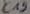
Text: C19